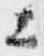
上